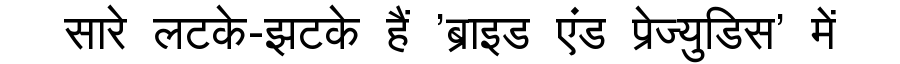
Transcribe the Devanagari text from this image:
सारे लटके-झटके हैं 'ब्राइड एंड प्रेज्युडिस' में